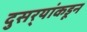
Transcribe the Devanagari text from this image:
दुसर्‍यांकडून